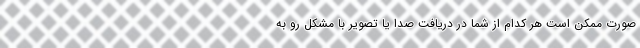
صورت ممکن است هر کدام از شما در دریافت صدا یا تصویر با مشکل رو به